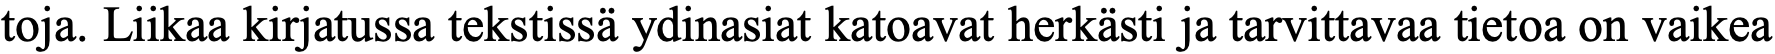
toja. Liikaa kirjatussa tekstissä ydinasiat katoavat herkästi ja tarvittavaa tietoa on vaikea